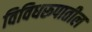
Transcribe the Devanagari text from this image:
विविधरूपातील